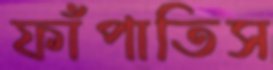
ফাঁপাতিস